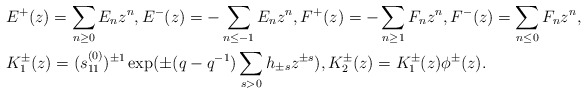
\begin{align*}& E^+(z) = \sum_{n \geq 0} E_n z^n,E^-(z) = - \sum_{n \leq -1} E_n z^n,F^+(z) = - \sum_{n \geq 1} F_n z^n,F^-(z) = \sum_{n\leq 0} F_n z^n, \\& K_1^{\pm}(z) = (s_{11}^{(0)})^{\pm 1} \exp (\pm (q-q^{-1}) \sum_{s > 0} h_{\pm s} z^{\pm s}), K_2^{\pm}(z) = K_1^{\pm}(z) \phi^{\pm}(z). \end{align*}